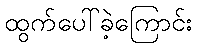
ထွက်ပေါ်ခဲ့ကြောင်း